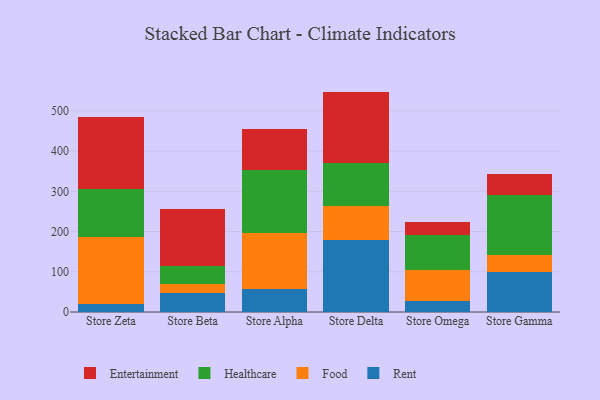
{"axis": {"x": "Store", "y": "Operating Costs (USD K)"}, "legend": ["Entertainment", "Food", "Healthcare", "Rent"], "data": [{"x": "Store Zeta", "y": 19.6, "type": "Rent"}, {"x": "Store Zeta", "y": 166.0, "type": "Food"}, {"x": "Store Zeta", "y": 121.1, "type": "Healthcare"}, {"x": "Store Zeta", "y": 176.9, "type": "Entertainment"}, {"x": "Store Beta", "y": 46.2, "type": "Rent"}, {"x": "Store Beta", "y": 23.6, "type": "Food"}, {"x": "Store Beta", "y": 44.5, "type": "Healthcare"}, {"x": "Store Beta", "y": 142.2, "type": "Entertainment"}, {"x": "Store Alpha", "y": 58.4, "type": "Rent"}, {"x": "Store Alpha", "y": 137.9, "type": "Food"}, {"x": "Store Alpha", "y": 157.8, "type": "Healthcare"}, {"x": "Store Alpha", "y": 100.6, "type": "Entertainment"}, {"x": "Store Delta", "y": 178.5, "type": "Rent"}, {"x": "Store Delta", "y": 86.0, "type": "Food"}, {"x": "Store Delta", "y": 106.6, "type": "Healthcare"}, {"x": "Store Delta", "y": 176.7, "type": "Entertainment"}, {"x": "Store Omega", "y": 26.7, "type": "Rent"}, {"x": "Store Omega", "y": 76.6, "type": "Food"}, {"x": "Store Omega", "y": 88.8, "type": "Healthcare"}, {"x": "Store Omega", "y": 32.6, "type": "Entertainment"}, {"x": "Store Gamma", "y": 99.7, "type": "Rent"}, {"x": "Store Gamma", "y": 41.2, "type": "Food"}, {"x": "Store Gamma", "y": 148.9, "type": "Healthcare"}, {"x": "Store Gamma", "y": 52.5, "type": "Entertainment"}]}